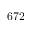
6 7 2